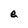
Character: e